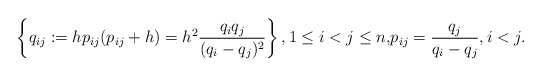
\begin{gather*}\left\{ q_{ij}:= h p_{ij}(p_{ij}+h)= h^2{q_i q_j \over (q_i-q_j)^2 } \right\}, 1 \le i < j \le n,\! p_{ij}= {q_{j}\over q_{i}-q_{j}}, i < j.\end{gather*}